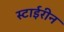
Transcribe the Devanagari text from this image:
स्टाईरीन